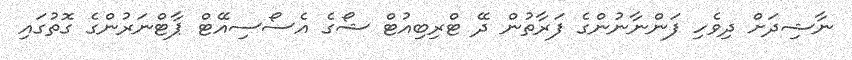
ނާޝިދަށް ދިވެހި ފަންނާނުންގެ ފަރާތުން ދޭ ޓްރިބިއުޓް ޝޯގެ އެސޯސިއޭޓް ޕާޓްނަރުންގެ ގޮތުގައި